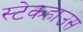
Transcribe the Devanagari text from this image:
स्टेकहाउस